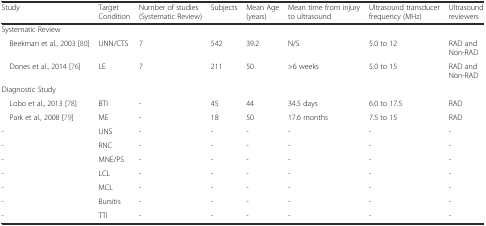
| Study | Target Condition | Number of studies (Systematic Review) | Subjects | Mean Age (years) | Mean time from injury to ultrasound | Ultrasound transducer frequency (MHz) | Ultrasound reviewers |
 | --- | --- | --- | --- | --- | --- | --- | --- |
 | Systematic Review |  |  |  |  |  |  |  |
 | Beekman et al., 2003 [80] | UNN/CTS | 7 | 542 | 39.2 | N/S | 5.0 to 12 | RAD and Non-RAD |
 | Dones et al., 2014 [76] | LE | 7 | 211 | 50 | >6 weeks | 5.0 to 15 | RAD and Non-RAD |
 | Diagnostic Study |  |  |  |  |  |  |  |
 | Lobo et al., 2013 [78] | BTI | - | 45 | 44 | 34.5 days | 6.0 to 17.5 | RAD |
 | Park et al., 2008 [79] | ME | - | 18 | 50 | 17.6 months | 7.5 to 15 | RAD |
 | - | UNS | - | - | - | - | - | - |
 | - | RNC | - | - | - | - | - | - |
 | - | MNE/PS | - | - | - | - | - | - |
 | - | LCL | - | - | - | - | - | - |
 | - | MCL | - | - | - | - | - | - |
 | - | Bursitis | - | - | - | - | - | - |
 | - | TTI | - | - | - | - | - | - |